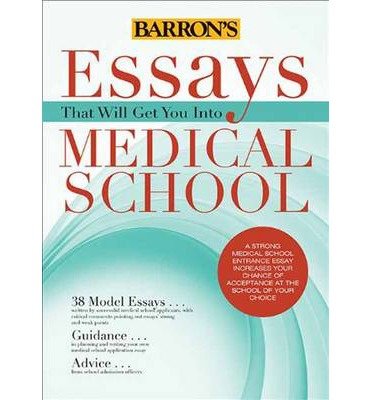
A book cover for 38 Model Essays Guidance Advice Essays That Will Get You into Medical School (Paperback) - Common; Dan Kaufman, Adrienne Dowhan and Roz Abero by Chris Dowhan; Education & Teaching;